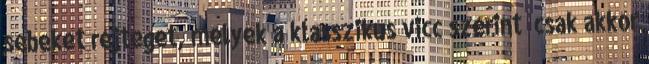
sebeket rejteget, melyek a klasszikus vicc szerint „csak akkor